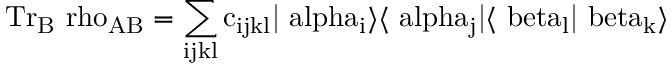
\mathrm { { T r } _ { B } \ r h o _ { A B } = \sum _ { i j k l } c _ { i j k l } \vert \ a l p h a _ { i } \rangle \langle \ a l p h a _ { j } \vert \langle \ b e t a _ { l } \vert \ b e t a _ { k } \rangle }